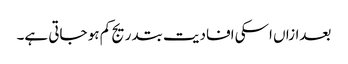
بعدازاں اسکی افادیت بتدریج کم ہو جاتی ہے۔